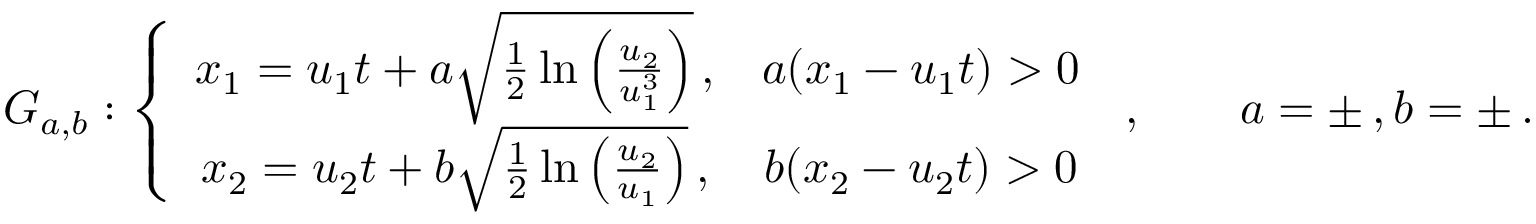
G _ { a , b } : \left\{ \begin{array} { c c } { x _ { 1 } = u _ { 1 } t + a \sqrt { \frac { 1 } { 2 } \ln \left( \frac { u _ { 2 } } { u _ { 1 } ^ { 3 } } \right) } \, , } & { a ( x _ { 1 } - u _ { 1 } t ) > 0 } \\ { x _ { 2 } = u _ { 2 } t + b \sqrt { \frac { 1 } { 2 } \ln \left( \frac { u _ { 2 } } { u _ { 1 } } \right) } \, , } & { b ( x _ { 2 } - u _ { 2 } t ) > 0 } \end{array} \right. \, , \qquad a = \pm \, , b = \pm \, .